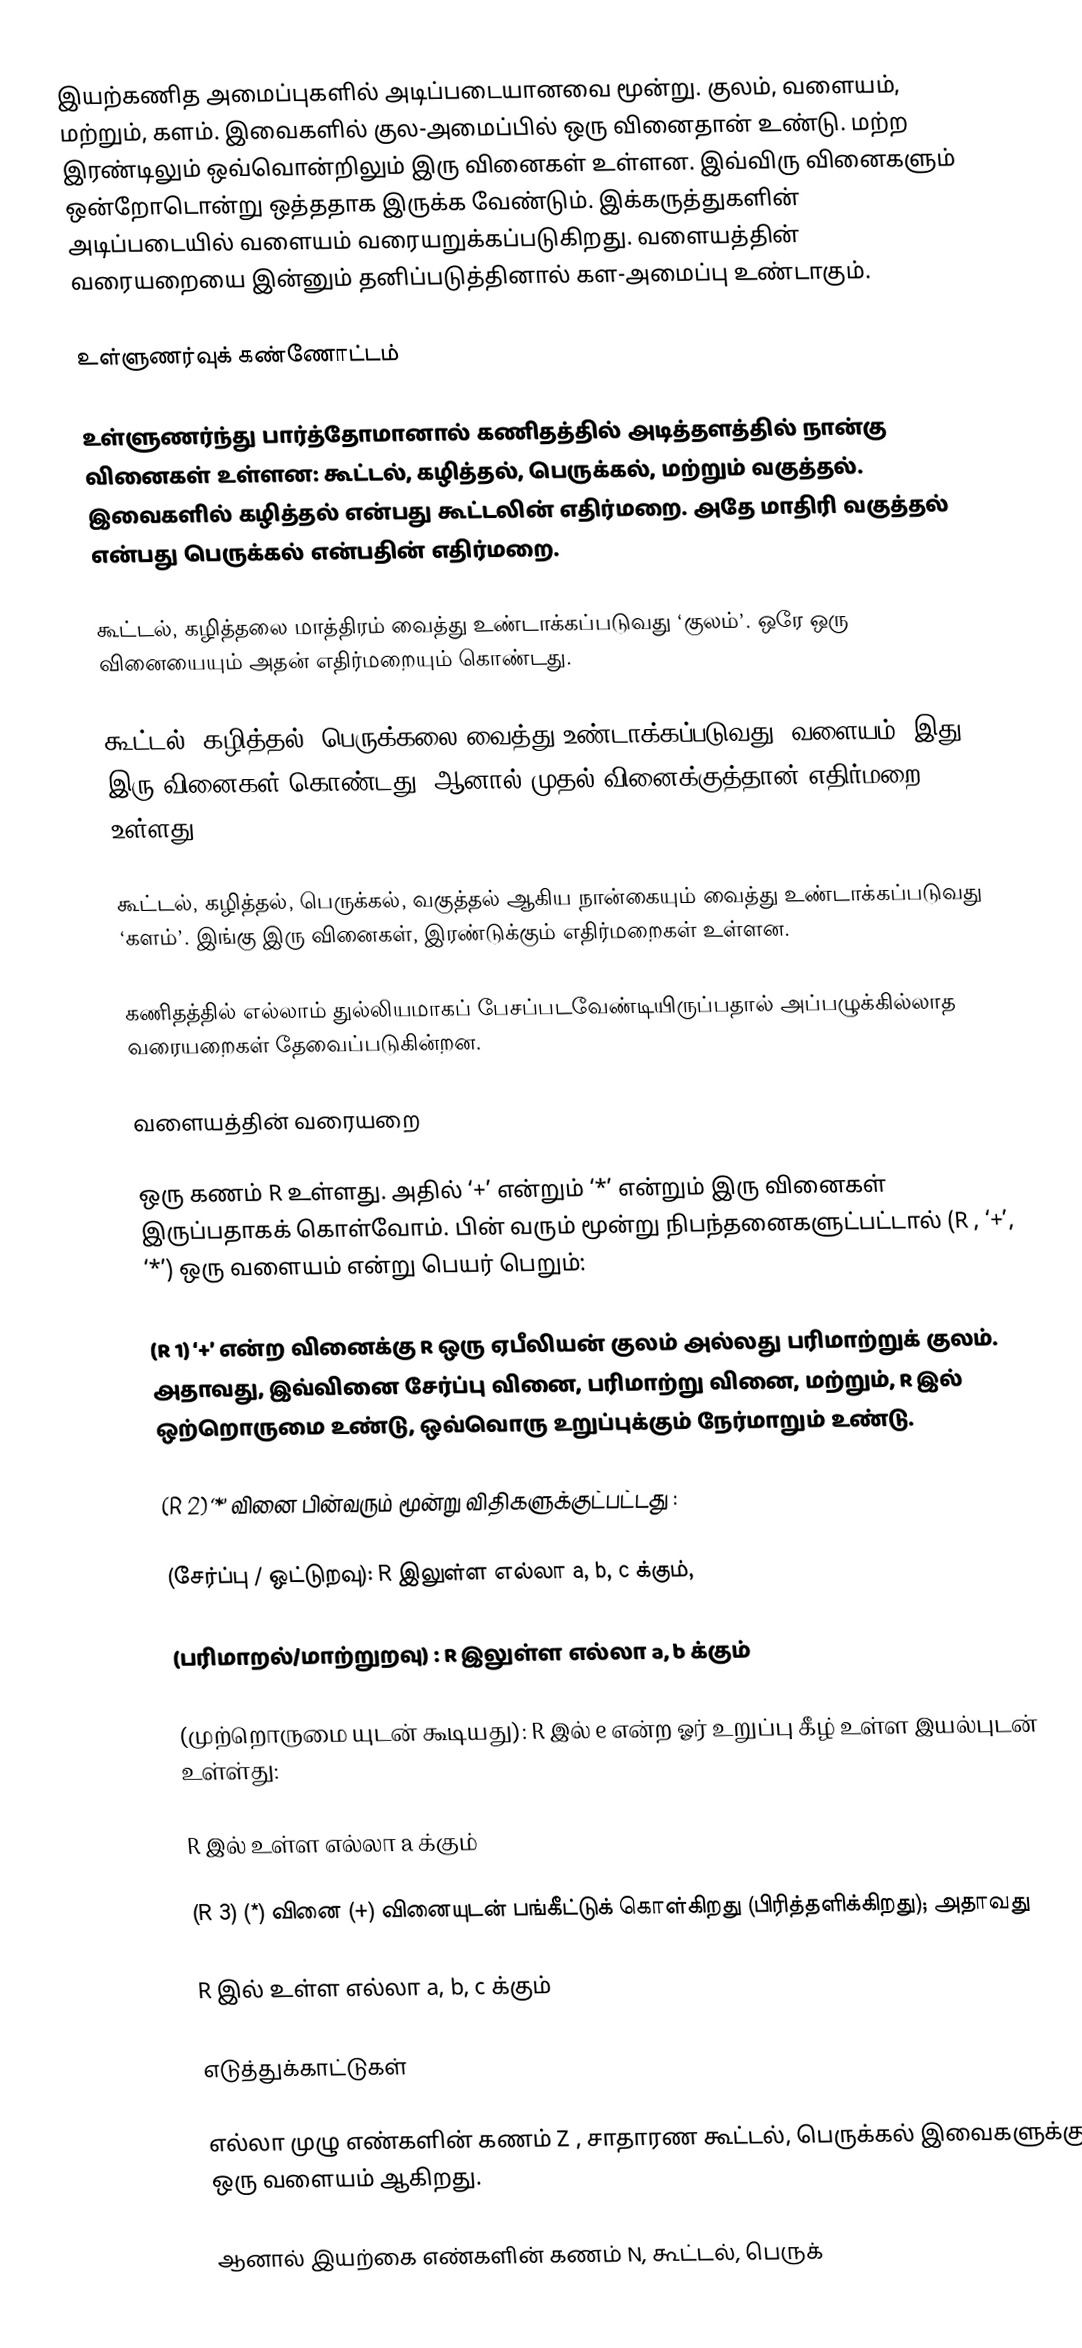
இயற்கணித அமைப்புகளில் அடிப்படையானவை மூன்று. குலம், வளையம், மற்றும், களம். இவைகளில் குல-அமைப்பில் ஒரு வினைதான் உண்டு. மற்ற இரண்டிலும் ஒவ்வொன்றிலும் இரு வினைகள் உள்ளன. இவ்விரு வினைகளும் ஒன்றோடொன்று ஒத்ததாக இருக்க வேண்டும். இக்கருத்துகளின் அடிப்படையில் வளையம் வரையறுக்கப்படுகிறது. வளையத்தின் வரையறையை இன்னும் தனிப்படுத்தினால் கள-அமைப்பு உண்டாகும்.

உள்ளுணர்வுக் கண்ணோட்டம்

உள்ளுணர்ந்து பார்த்தோமானால் கணிதத்தில் அடித்தளத்தில் நான்கு வினைகள் உள்ளன: கூட்டல், கழித்தல், பெருக்கல், மற்றும் வகுத்தல். இவைகளில் கழித்தல் என்பது கூட்டலின் எதிர்மறை. அதே மாதிரி வகுத்தல் என்பது பெருக்கல் என்பதின் எதிர்மறை.

கூட்டல், கழித்தலை மாத்திரம் வைத்து உண்டாக்கப்படுவது ‘குலம்’. ஒரே ஒரு வினையையும் அதன் எதிர்மறையும் கொண்டது.

கூட்டல், கழித்தல், பெருக்கலை வைத்து உண்டாக்கப்படுவது ‘வளையம்’ இது இரு வினைகள் கொண்டது; ஆனால் முதல் வினைக்குத்தான் எதிர்மறை உள்ளது.

கூட்டல், கழித்தல், பெருக்கல், வகுத்தல் ஆகிய நான்கையும் வைத்து உண்டாக்கப்படுவது ‘களம்’. இங்கு இரு வினைகள், இரண்டுக்கும் எதிர்மறைகள் உள்ளன.

கணிதத்தில் எல்லாம் துல்லியமாகப் பேசப்படவேண்டியிருப்பதால் அப்பழுக்கில்லாத வரையறைகள் தேவைப்படுகின்றன.

வளையத்தின் வரையறை

ஒரு கணம் R உள்ளது. அதில் ‘+’ என்றும் ‘*’ என்றும் இரு வினைகள் இருப்பதாகக் கொள்வோம். பின் வரும் மூன்று நிபந்தனைகளுட்பட்டால் (R , ‘+’, ‘*’) ஒரு வளையம் என்று பெயர் பெறும்:

(R 1) ‘+’ என்ற வினைக்கு R ஒரு ஏபீலியன் குலம் அல்லது பரிமாற்றுக் குலம். அதாவது, இவ்வினை சேர்ப்பு வினை, பரிமாற்று வினை, மற்றும், R இல் ஒற்றொருமை உண்டு, ஒவ்வொரு உறுப்புக்கும் நேர்மாறும் உண்டு.

(R 2) ‘*’ வினை பின்வரும் மூன்று விதிகளுக்குட்பட்டது :

(சேர்ப்பு / ஒட்டுறவு): R இலுள்ள எல்லா a, b, c க்கும்,

(பரிமாறல்/மாற்றுறவு) :  R இலுள்ள எல்லா a, b க்கும்

(முற்றொருமை யுடன் கூடியது): R இல் e என்ற ஓர் உறுப்பு கீழ் உள்ள இயல்புடன் உள்ள்து:

R இல் உள்ள எல்லா a க்கும்

(R 3) (*) வினை (+) வினையுடன் பங்கீட்டுக் கொள்கிறது (பிரித்தளிக்கிறது); அதாவது

R இல் உள்ள எல்லா a, b, c க்கும்

எடுத்துக்காட்டுகள்

எல்லா முழு எண்களின் கணம் Z , சாதாரண கூட்டல், பெருக்கல் இவைகளுக்கு ஒரு வளையம் ஆகிறது.

ஆனால் இயற்கை எண்களின் கணம் N, கூட்டல், பெருக்